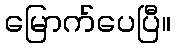
မြောက်ပေပြီ။